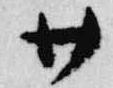
廿